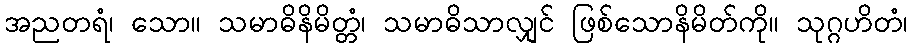
အညတရံ၊ သော။ သမာဓိနိမိတ္တံ၊ သမာဓိသာလျှင် ဖြစ်သောနိမိတ်ကို။ သုဂ္ဂဟိတံ၊